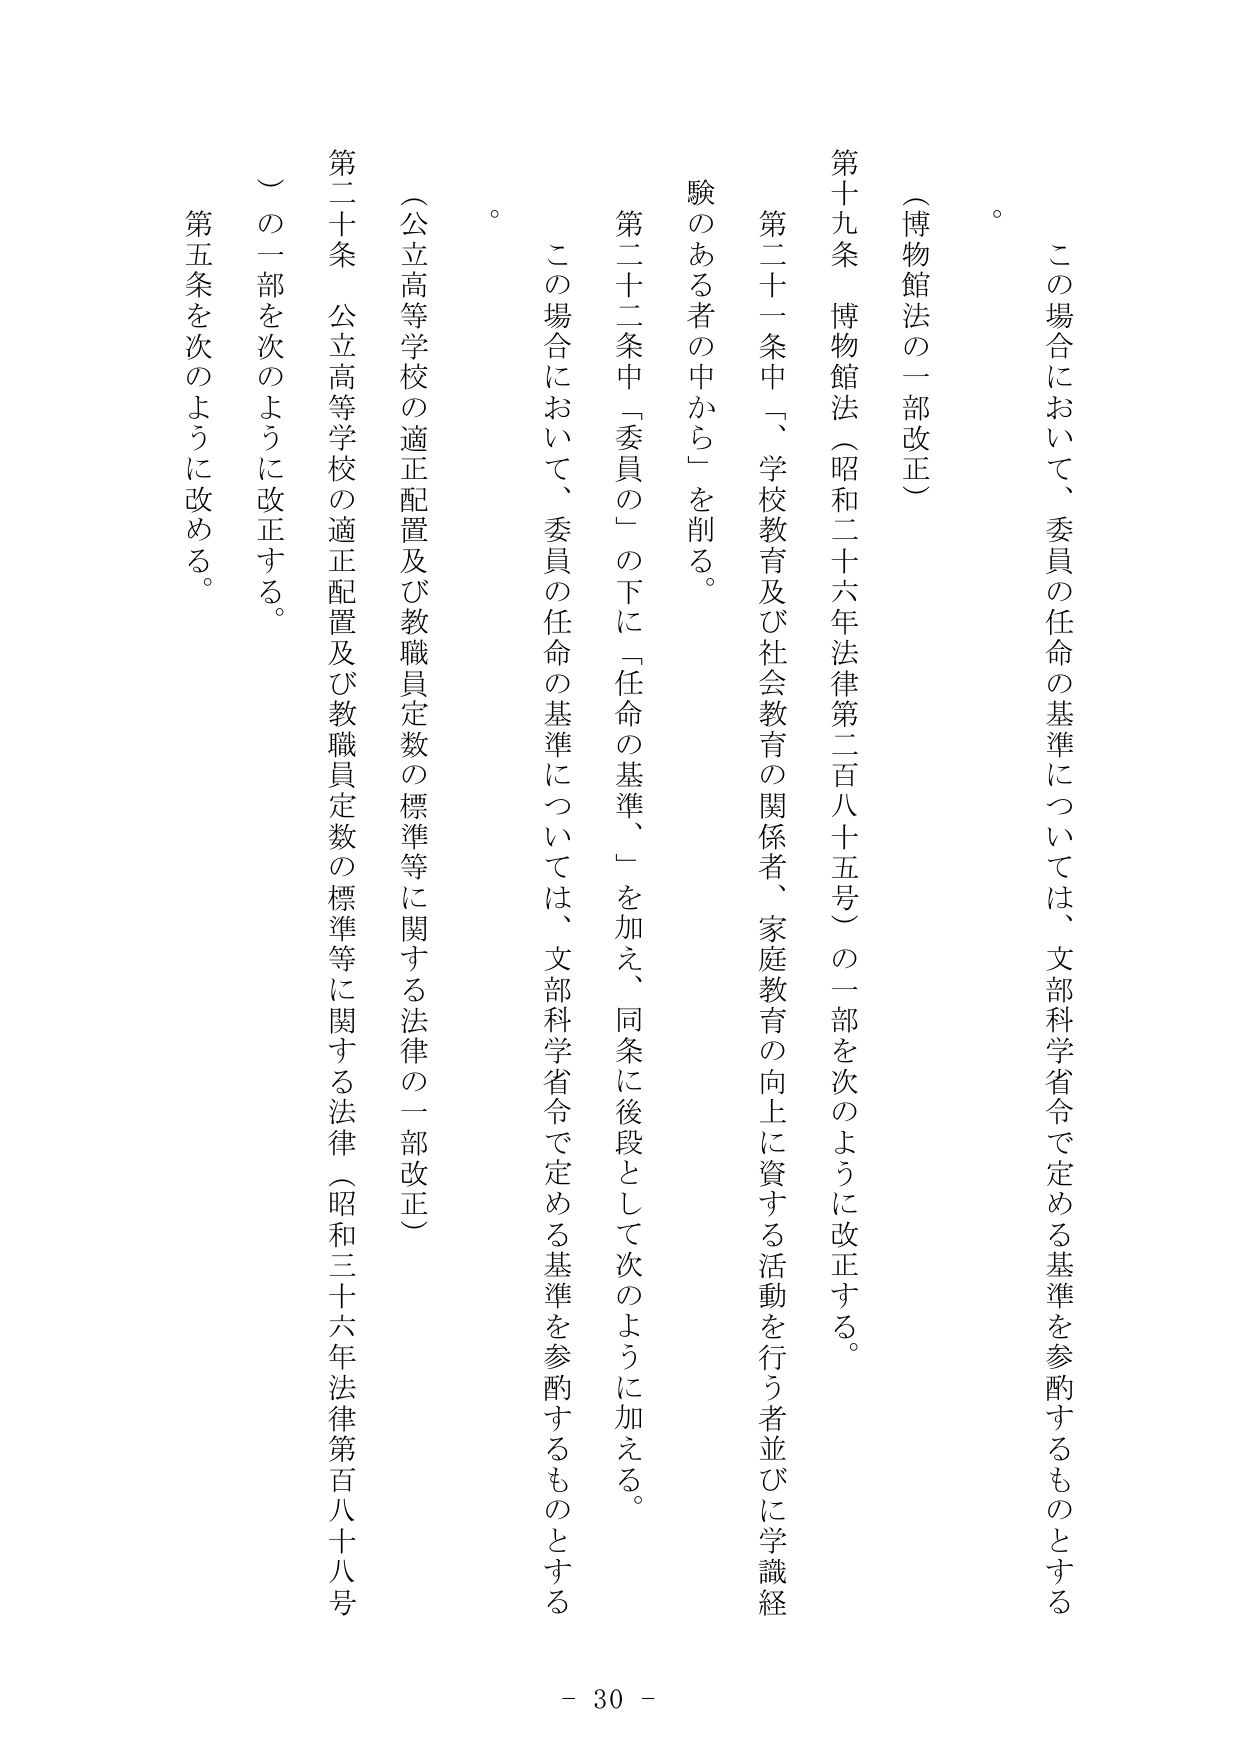
（博物館法の一部改正）

第十九条 博物館法（昭和二十六年法律第二百八十五号）の一部を次のように改正する。

第二十一条中、「学校教育及び社会教育の関係者、家庭教育の向上に資する活動を行う者並びに学識経験のある者の中から」を削る。

第二十二条中「委員の」の下に「任命の基準、」を加え、同条に後段として次のように加える。

この場合において、委員の任命の基準については、文部科学省令で定める基準を参酌するものとする。

（公立高等学校の適正配置及び教職員定数の標準等に関する法律の一部改正）

第二十条 公立高等学校の適正配置及び教職員定数の標準等に関する法律（昭和三十六年法律第百八十八号）の一部を次のように改正する。

第五条を次のように改める。

。